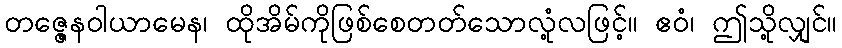
တဇ္ဇေနဝါယာမေန၊ ထိုအိမ်ကိုဖြစ်စေတတ်သောလုံ့လဖြင့်။ ဧဝံ၊ ဤသို့လျှင်။